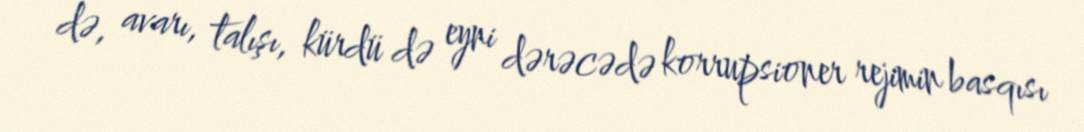
də, avarı, talışı, kürdü də eyni dərəcədə korrupsioner rejimin basqısı